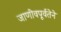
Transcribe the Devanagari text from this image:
जाणीवपूर्वतेने